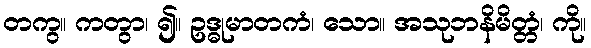
တကွ။ ကတွာ၊ ၍။ ဥဒ္ဓုမာတကံ၊ သော။ အသုဘနိမိတ္တံ၊ ကို။